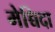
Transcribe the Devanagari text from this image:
मेच्चिदा